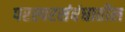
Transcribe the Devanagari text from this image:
परस्परसंबंधातील